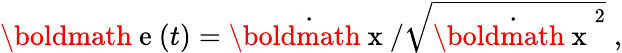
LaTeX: {\mathrm{\boldmath~e~}}(t)=\dot{{\mathrm{\boldmath~x~}}}/\sqrt{{\dot{{\mathrm{\boldmath~x~}}}}^{2}}\; ,